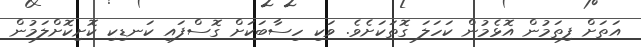
އަތަށް ފިތަމުން އޮޅެމުން ކަހަލަ ގޮތަކަށެވެ. ވަކި ހިސާބަކަށް ގޮސްފައި ކަނޑިކި ކޮށިކޮށްލަމުން